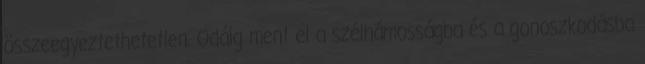
összeegyeztethetetlen. Odáig ment el a szélhámosságba és a gonoszkodásba